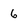
Character: 6